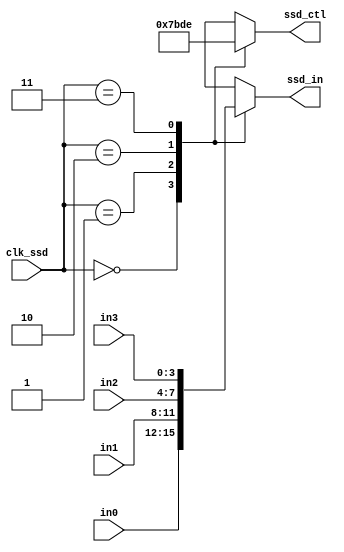
`timescale 1ns / 1ps
`define BCD_BIT_WIDTH 4
`define SSD_NUM 4

module scanctl_2bitBCD(
  ssd_ctl, // ssd display control signal 
  ssd_in, // output to ssd display
  in0, // 1st input
  in1, // 2nd input
  in2, // 3rd input
  in3,  // 4th input
  clk_ssd // divided clock for scan control
);

output [`BCD_BIT_WIDTH-1:0] ssd_in; // Binary data 
output [`SSD_NUM-1:0] ssd_ctl; // scan control for 7-segment display
input [`BCD_BIT_WIDTH-1:0] in0, in1, in2, in3; // binary input control for the four digits 
input [1:0] clk_ssd; // divided clock for scan control

reg [`SSD_NUM-1:0] ssd_ctl; // scan control for 7-segment display (in the always block)
reg [`BCD_BIT_WIDTH-1:0] ssd_in; // 7 segment display control (in the always block)

always @*
  case (clk_ssd)
    2'b00: 
    begin
      ssd_ctl = 4'b0111;
      ssd_in = in0;
    end
    2'b01: 
    begin
      ssd_ctl = 4'b1011;
      ssd_in = in1;
    end
    2'b10: 
    begin
      ssd_ctl = 4'b1101;
      ssd_in = in2;
    end
    2'b11: 
    begin
      ssd_ctl = 4'b1110;
      ssd_in = in3;
    end
    default: 
    begin
      ssd_ctl=4'b0000;
      ssd_in=in0;
    end
  endcase

endmodule